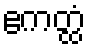
ဧကတ္ထံ